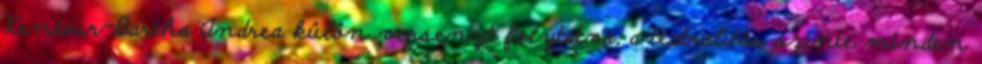
Kentaur-Bartha Andrea külön versenyt folytatva, a teatralitás szinte minden